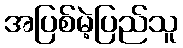
အပြစ်မဲ့ပြည်သူ